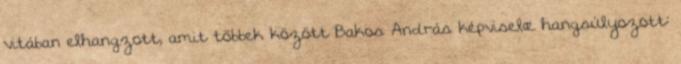
vitában elhangzott, amit többek között Bakos András képviselœ hangsúlyozott: